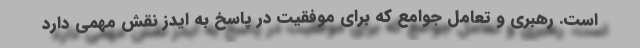
است. رهبری و تعامل جوامع که برای موفقیت در پاسخ به ایدز نقش مهمی دارد